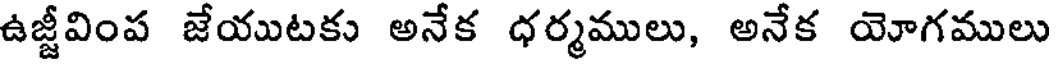
ఉజ్జీవింప జేయుటకు అనేక ధర్మములు, అనేక యోగములు